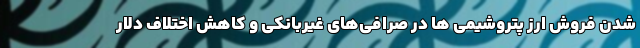
شدن فروش ارز پتروشیمی ها در صرافی‌های غیربانکی و کاهش اختلاف دلار